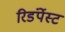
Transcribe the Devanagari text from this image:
रिडंर्पेस्ट